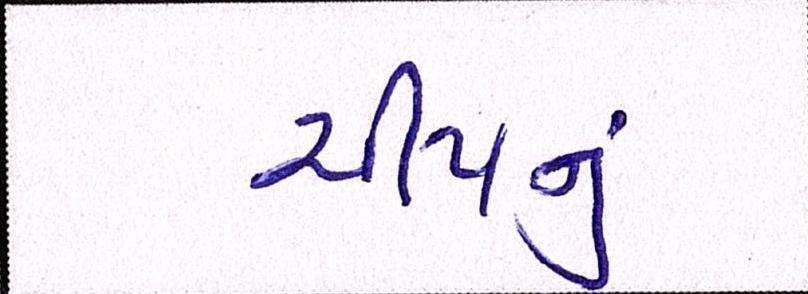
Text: ચીપનું